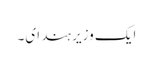
ایک وزیرِ ہند ای۔